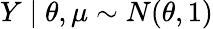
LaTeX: Y\mid\theta,\mu\sim N(\theta,1)